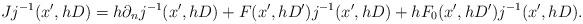
LaTeX: \begin{align*}Jj^{-1}(x',hD) = h\partial_n j^{-1}(x',hD) + F(x',hD') j^{-1}(x',hD) + hF_0(x',hD') j^{-1}(x',hD).\end{align*}